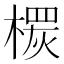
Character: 𣙠